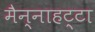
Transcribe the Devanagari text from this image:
मैन्नाहट्टा